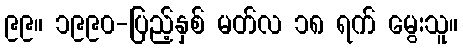
၉၉။ ၁၉၉၀-ပြည့်နှစ် မတ်လ ၁၈ ရက် မွေးသူ။